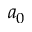
a _ { 0 }